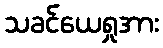
သခင်ယေရှုအား